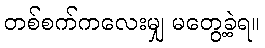
တစ်စက်ကလေးမျှ မတွေ့ခဲ့ရ။